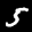
Label: 5